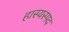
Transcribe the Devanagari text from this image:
हास्यस्पद